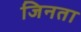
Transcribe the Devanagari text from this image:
जिनता